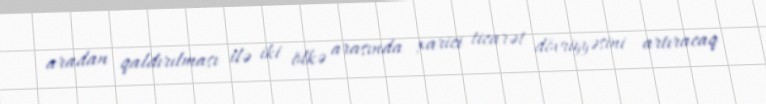
aradan qaldırılması ilə iki ölkə arasında xarici ticarət dövriyyəsini artıracaq